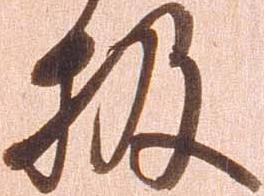
扱